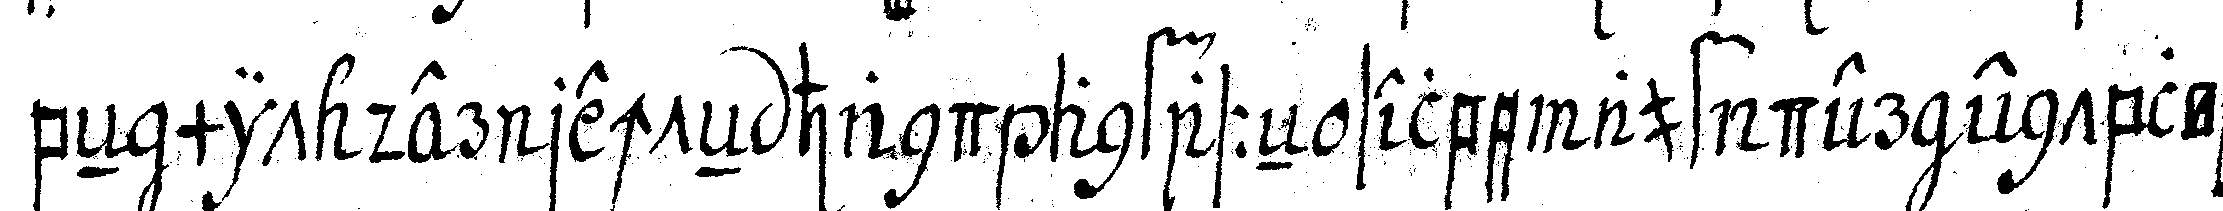
beNnmit der rechteN hand anfasseN selbe auf der eNntblöss